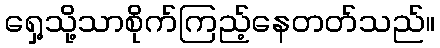
ရှေ့သို့သာစိုက်ကြည့်နေတတ်သည်။